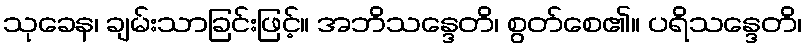
သုခေန၊ ချမ်းသာခြင်းဖြင့်။ အဘိသန္ဒေတိ၊ စွတ်စေ၏။ ပရိသန္ဒေတိ၊